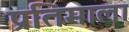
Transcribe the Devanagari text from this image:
प्रतिमाला